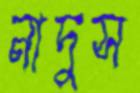
নাদুস